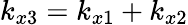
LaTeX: k_{x3}=k_{x1}+k_{x2}